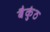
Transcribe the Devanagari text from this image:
बैकुंठ